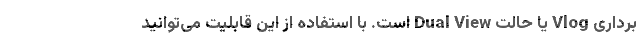
‌برداری Vlog یا حالت Dual View است. با استفاده از این قابلیت می‌توانید